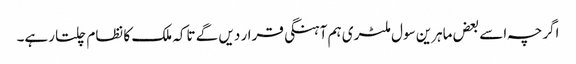
اگرچہ اسے بعض ماہرین سول ملٹری ہم آہنگی قرار دیں گے تاکہ ملک کا نظام چلتا رہے۔